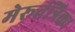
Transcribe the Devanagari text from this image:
मेरूतंत्रिका